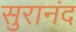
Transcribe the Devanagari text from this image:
सुरानंद